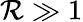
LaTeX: \mathcal{R}\gg1